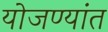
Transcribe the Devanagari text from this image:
योजण्यांत